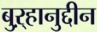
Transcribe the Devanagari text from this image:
बुऱ्हानुद्दीन